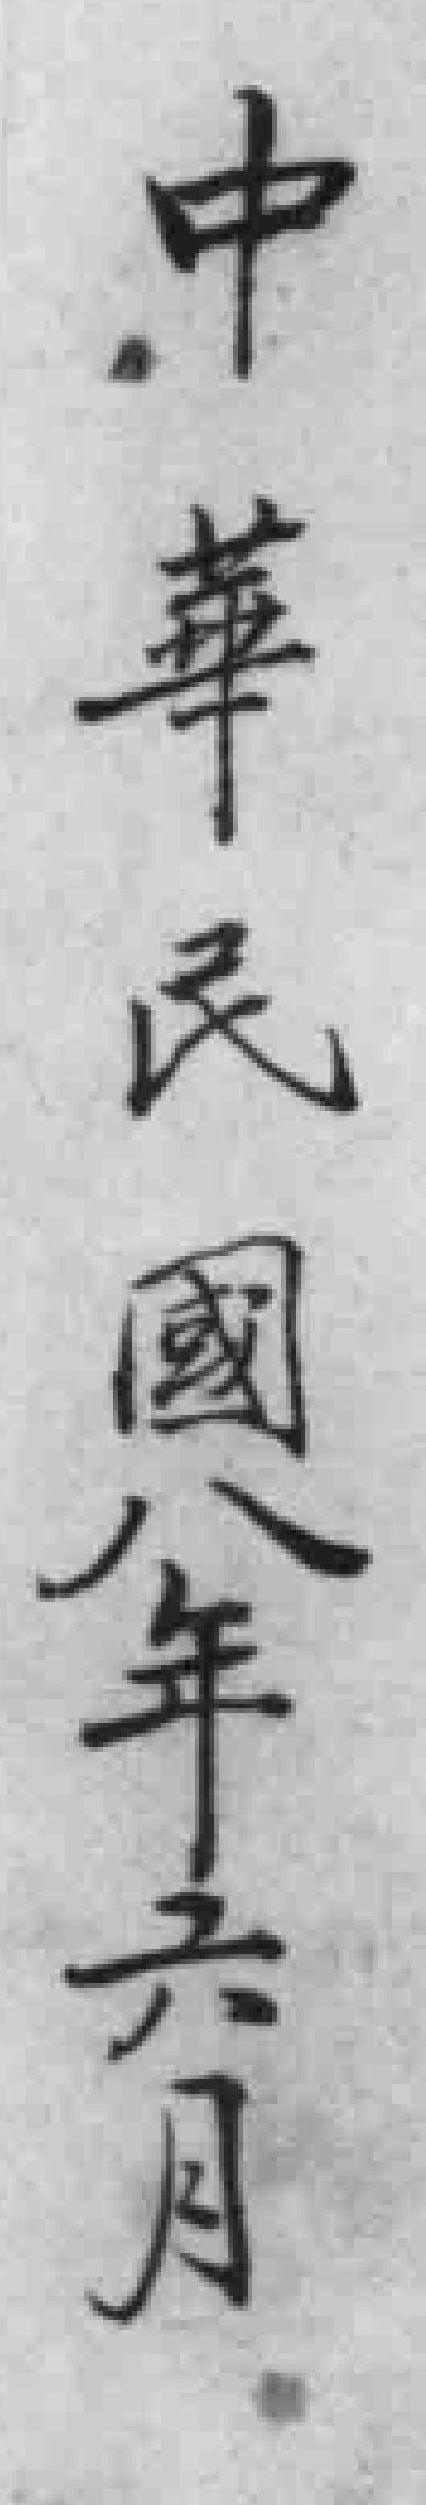
中華民國八年六月